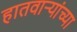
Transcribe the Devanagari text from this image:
हातवाऱ्यांच्या